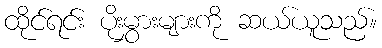
ထိုင်ရင်း ပိုးမွှားများကို ဆယ်ယူသည်။